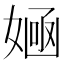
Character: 𡞿